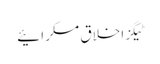
ٹیگزاخلاق مسکرائیے